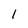
Character: 1